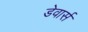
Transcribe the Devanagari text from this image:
डेवार्स